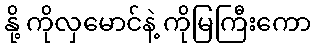
နို့ ကိုလှမောင်နဲ့ ကိုမြကြီးကော